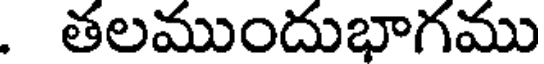
. తలముందుభాగము